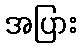
အပြား